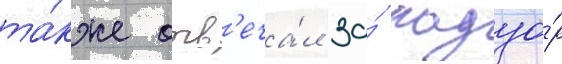
та́кже отв'еча́л за́ надзо́р